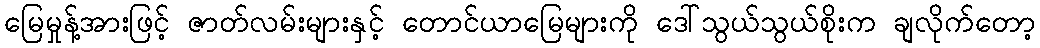
မြေမှုန့်အားဖြင့် ဇာတ်လမ်းများနှင့် တောင်ယာမြေများကို ဒေါ်သွယ်သွယ်စိုးက ချလိုက်တော့